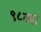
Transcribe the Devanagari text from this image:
९८व्या